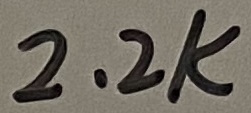
Text: 2.2K